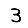
Digit: 3